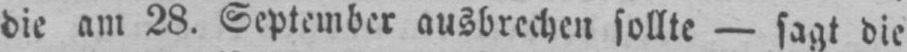
die am 28. September ausbrechen sollte - sagt die